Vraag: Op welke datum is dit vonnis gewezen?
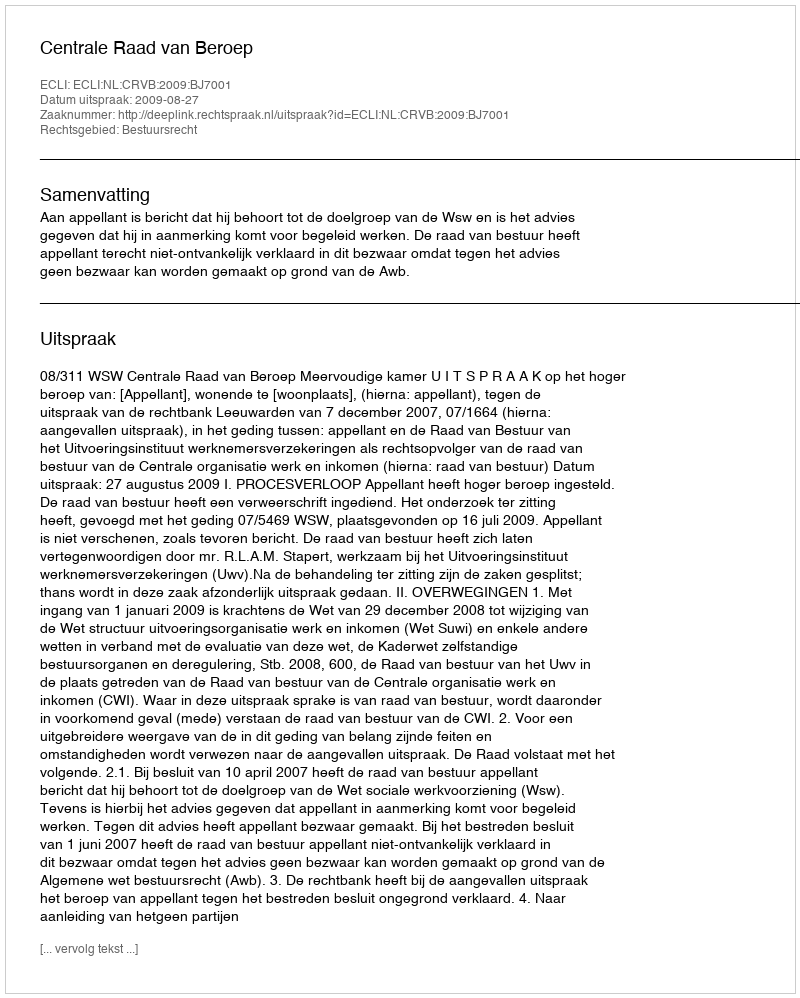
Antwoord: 2009-08-27